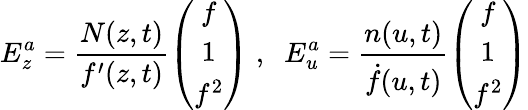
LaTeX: E_{z}^{a}=\frac{N(z,t)}{f^{\prime}(z,t)}\left(\begin{array}{c}{{f}}\\ {{1}}\\ {{f^{2}}}\end{array}\right)\; ,\; \; E_{u}^{a}=\frac{n(u,t)}{\dot{f}(u,t)}\left(\begin{array}{c}{{f}}\\ {{1}}\\ {{f^{2}}}\end{array}\right)